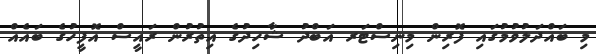
މި ބައްދަލުވުމުގައި ފޮރިން މިނިސްޓަރ އަބްދު ޝާހިދުގެ އިތުރުން ރައީސް އޮފީހުގެ ބައެއް